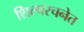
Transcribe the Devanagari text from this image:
शिल्परचनेत